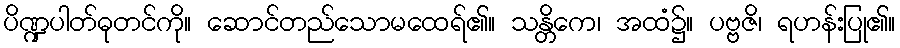
ပိဏ္ဍပါတ်ဓုတင်ကို။ ဆောင်တည်သောမထေရ်၏။ သန္တိကေ၊ အထံ၌။ ပဗ္ဗဇိ၊ ရဟန်းပြု၏။